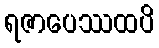
ရဇာပေဿထပိ